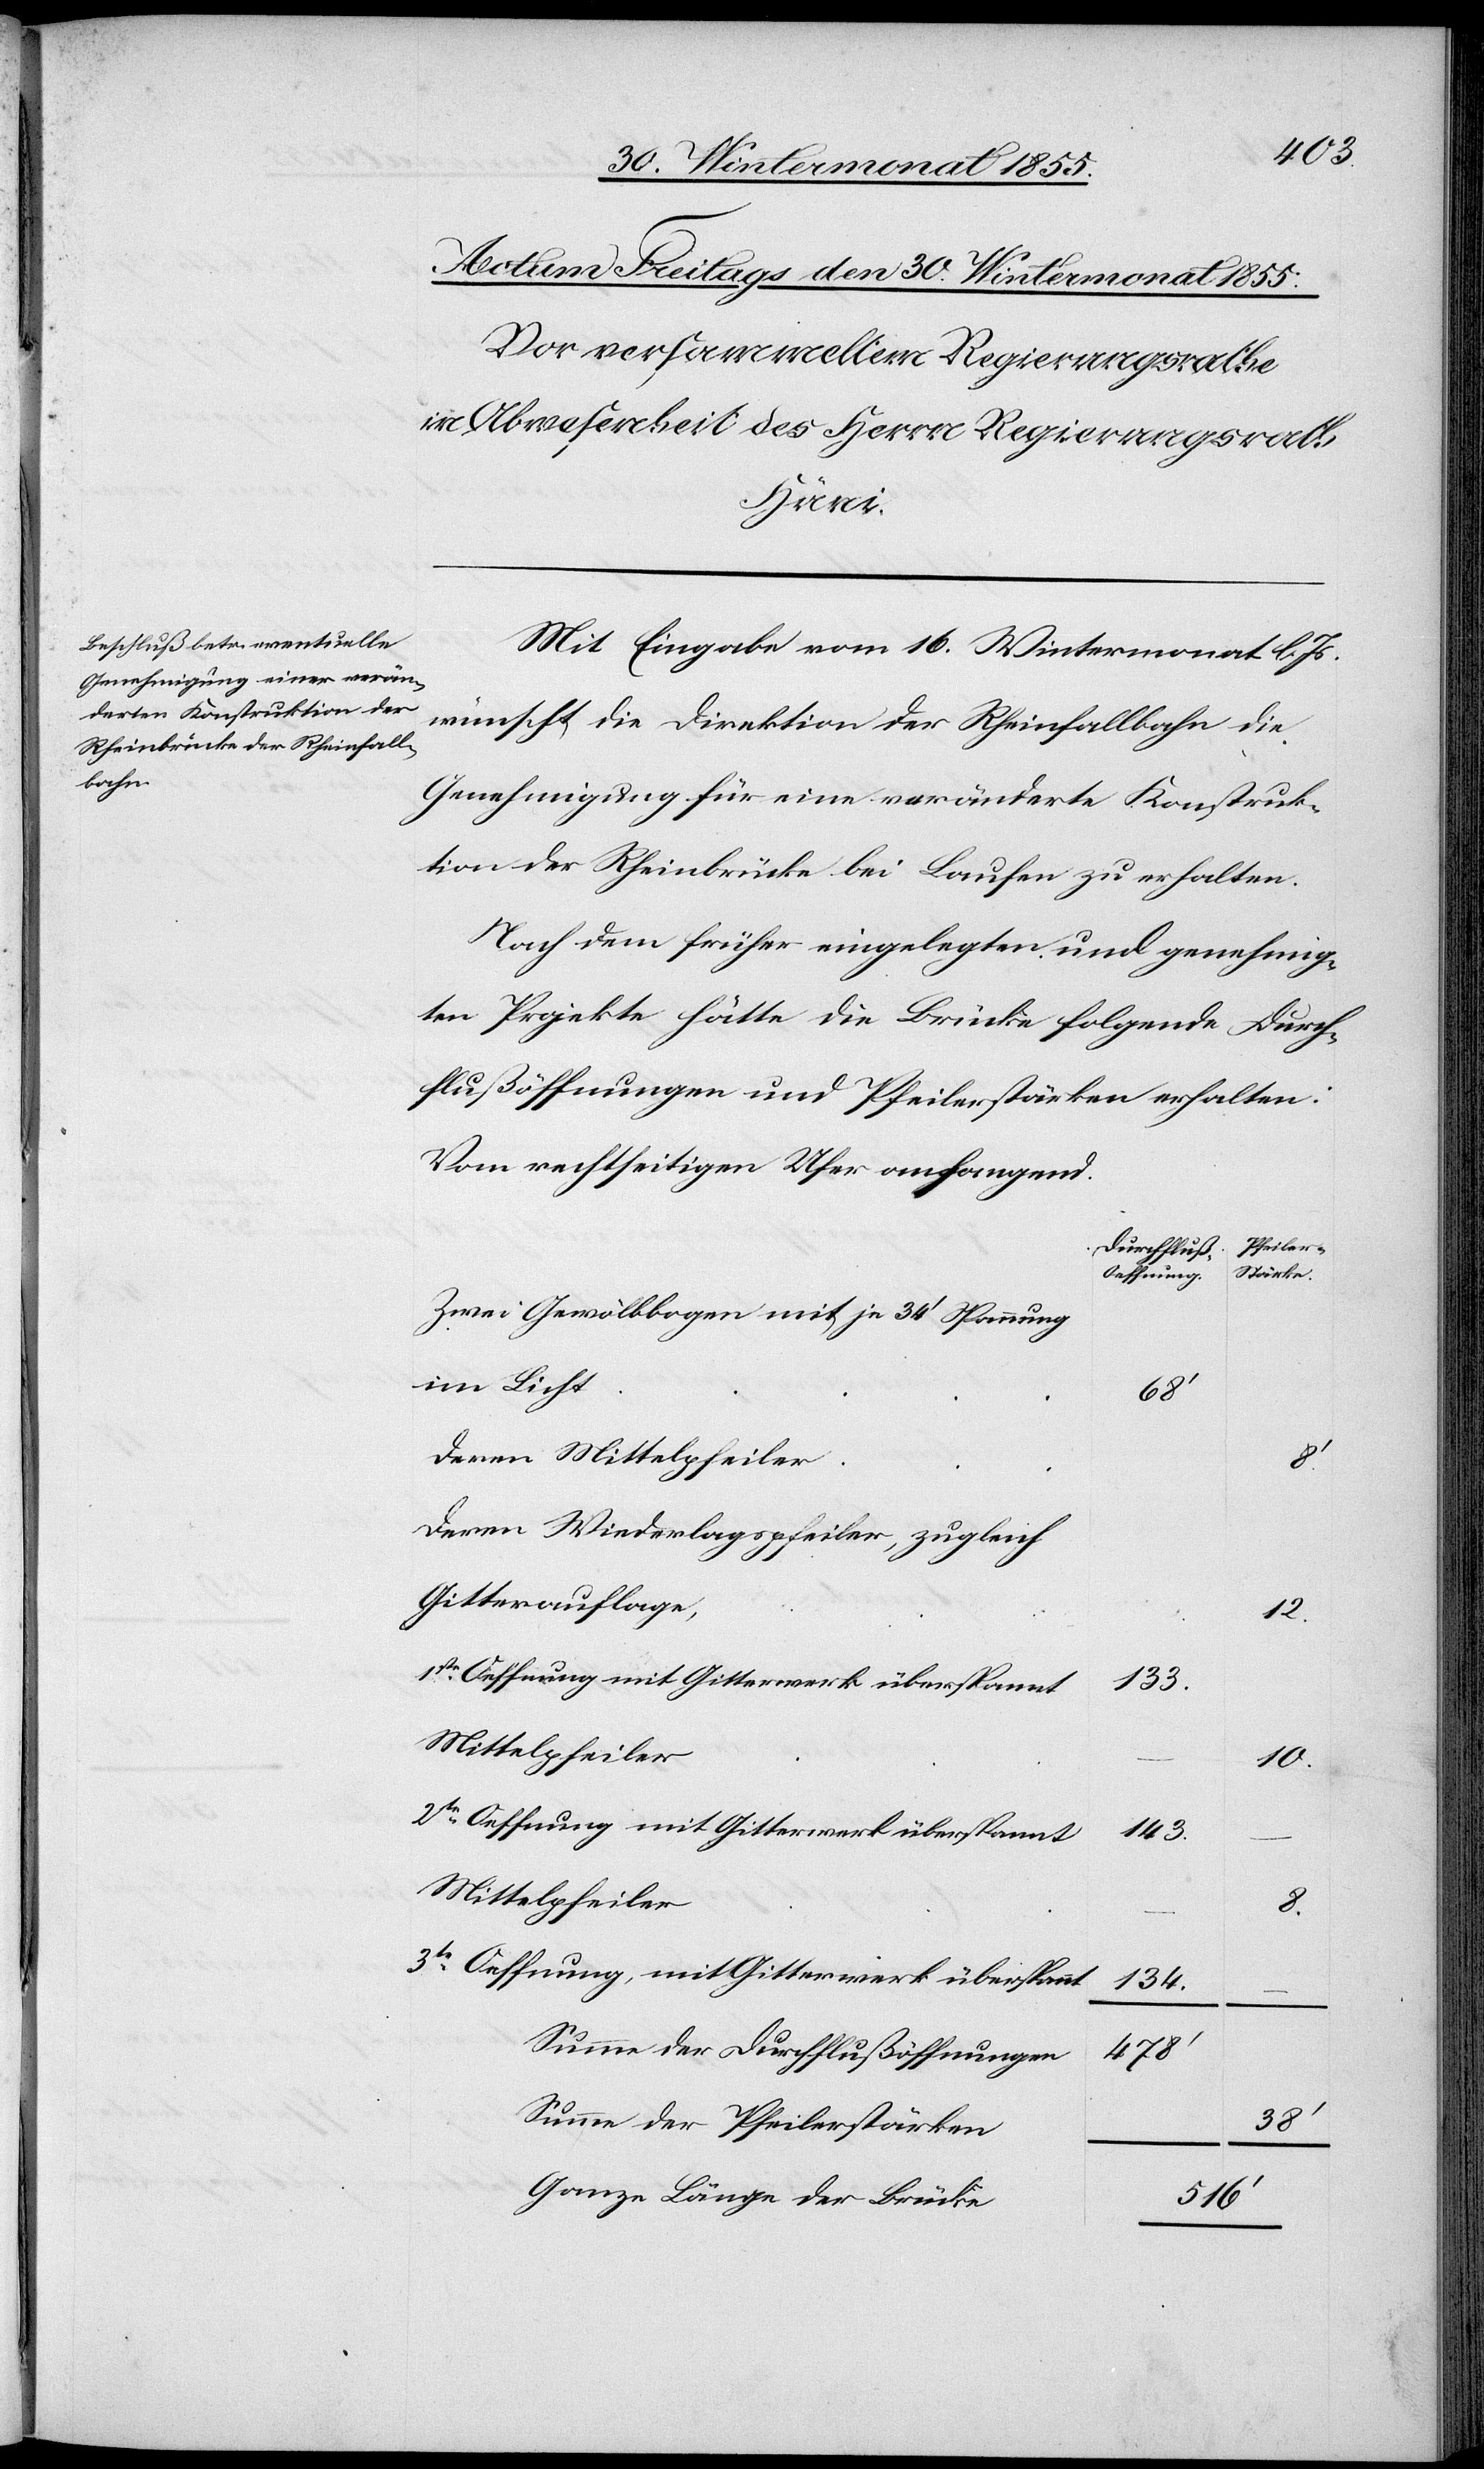
Mit Eingabe vom 16. Wintermonat l. Js.
wünscht die Direktion der Rheinfallbahn die
Genehmigung für eine veränderte Konstruk¬
tion der Rheinbrücke bei Laufen zu erhalten.
Nach dem früher eingelegten und genehmig¬
ten Projekte hätte die Brücke folgende Durch¬
flußöffnungen und Pfeilerstärken erhalten:
Vom rechtseitigen Ufer anfangend.
Durchfluß-O¬
effnung.
Zwei Gewölbbogen mit je 34‘ Spannung
im Licht
68‘
Deren Mittelpfeiler
Deren Wiederlagspfeiler, zugleich
Gitterauflage,
12.
1ste Oeffnung mit Gitterwerk überspannt
133.
10.
2te Oeffnung mit Gitterwerk überspannt
143.
Mittelpfeiler
8.
3te Oeffnung, mit Gitterwerk überspannt
134.
Summe der Durchflußöffnungen
478‘
Summe der Pfeilerstärken
38‘
Ganze Länge der Brücke
516‘